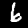
Label: 6